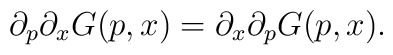
\partial _p\partial _xG(p,x)= \partial _x\partial _pG(p,x).